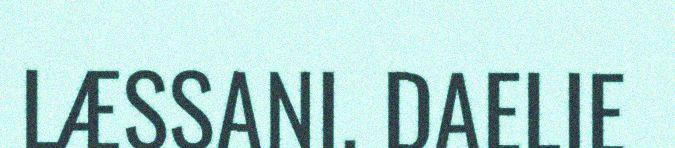
LÆSSANI. DAELIE